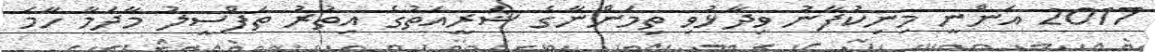
2017 އަންނީ މިނިކުފާނު ވިދާޅުވި ތިމަންނާގެ ޝަރީއަތުގެ އިތުރު ތަފްސީލު މާދަމާ ހާމަ